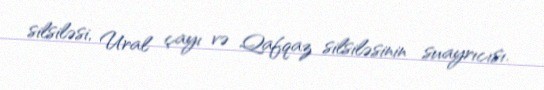
silsiləsi, Ural çayı və Qafqaz silsiləsinin suayrıcısı.